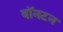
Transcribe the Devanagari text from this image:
वॉनटन